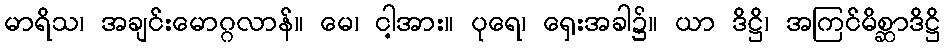
မာရိသ၊ အချင်းမောဂ္ဂလာန်။ မေ၊ ငါ့အား။ ပုရေ၊ ရှေးအခါ၌။ ယာ ဒိဋ္ဌိ၊ အကြင်မိစ္ဆာဒိဋ္ဌိ